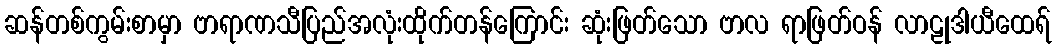
ဆန်တစ်ကွမ်းစာမှာ ဗာရာဏသီပြည်အလုံးထိုက်တန်ကြောင်း ဆုံးဖြတ်သော ဗာလ ရာဖြတ်ဝန် လာဠုဒါယီထေရ်